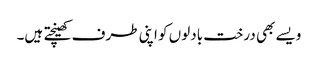
ویسے بھی درخت بادلوں کو اپنی طرف کھینچتے ہیں۔